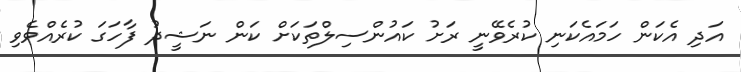
އަދި އެކަން ހަމައެކަނި ކުރެވޭނީ ރަށު ކައުންސިލްތަކަށް ކަން ނަޝީދު ފާހަގަ ކުރެއްވެވި